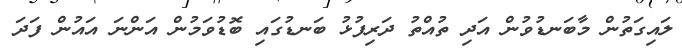
ލައިގަތުން މާބަނޑުވުން އަދި ތުއްތު ދަރިފުޅު ބަނޑުގައި ބޮޑުވަމުން އަންނަ އައުން ފަދަ